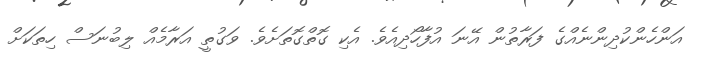
އަންހެންކުދިންނެއްގެ ފަރާތުން އޭނަ އުފާހޯދިއެވެ. އެކި ގޮތްގޮތަށެވެ. ވަގުތީ އަރާމެއް ލިބުނަސް ހިތަކަށް